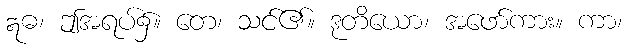
ဣဓ၊ ဤအရပ်၌။ တေ၊ သင်၏။ ဒုတိယော၊ အဖော်ကား။ ကာ၊